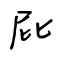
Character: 屁